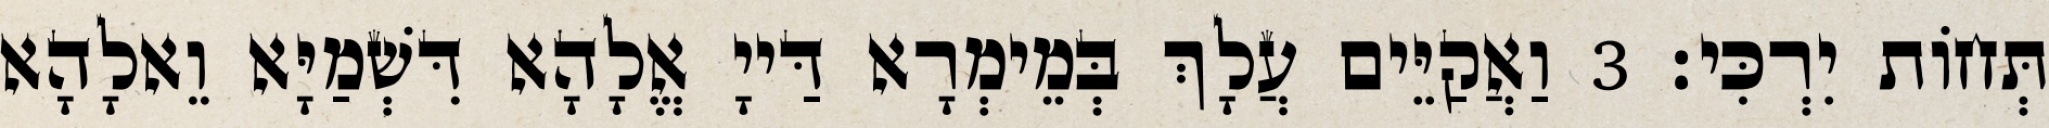
תְּחוֹת יִרְכִּי׃ 3 וַאֲקַיֵּים עֲלָךְ בְּמֵימְרָא דַּייָ אֱלָהָא דִּשְׁמַיָּא וֵאלָהָא